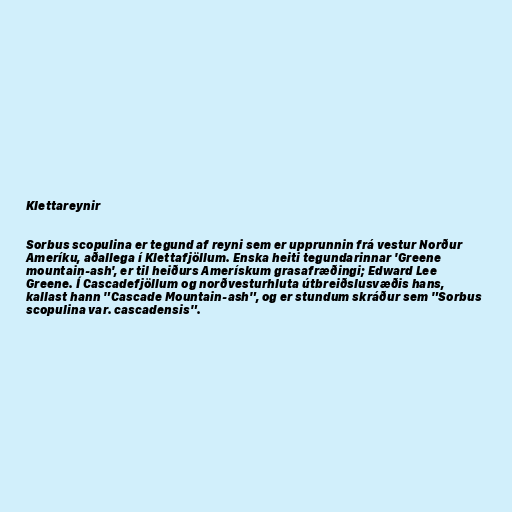
Klettareynir

Sorbus scopulina er tegund af reyni sem er upprunnin frá vestur Norður
Ameríku, aðallega í Klettafjöllum. Enska heiti tegundarinnar 'Greene
mountain-ash', er til heiðurs Amerískum grasafræðingi; Edward Lee
Greene. Í Cascadefjöllum og norðvesturhluta útbreiðslusvæðis hans,
kallast hann "Cascade Mountain-ash", og er stundum skráður sem "Sorbus
scopulina var. cascadensis".